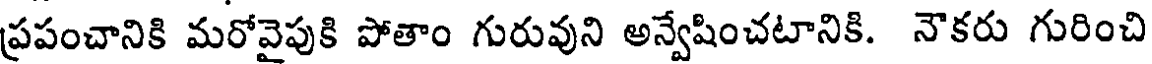
ప్రపంచానికి మరోవైపుకి పోతాం గురువుని అన్వేషించటానికి. నౌకరు గురించి